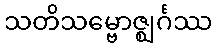
သတိသမ္ဗောဇ္ဈင်္ဂဿ